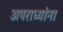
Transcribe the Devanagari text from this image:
अपराध्यांना